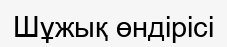
Шұжық өндірісі